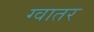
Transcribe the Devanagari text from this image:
ग्वातर